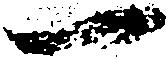
一